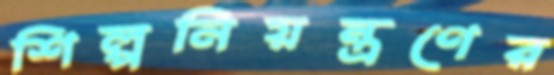
শিল্পনিয়ন্ত্রণের